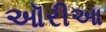
ઑરીઆ